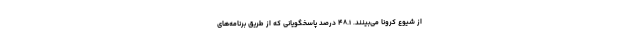
از شیوع کرونا می­بینند. ۴۸.۱ درصد پاسخگویانی که از طریق برنامه‌­های